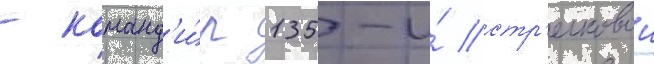
- команд'и́р 135-и́ стр'елковои